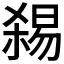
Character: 𱤅